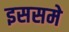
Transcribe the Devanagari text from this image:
इससमे